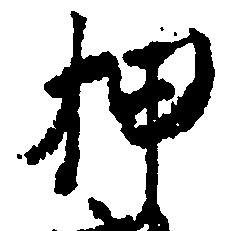
押